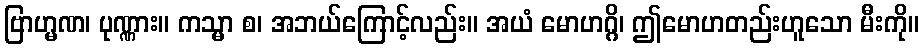
ဗြာဟ္မဏ၊ ပုဏ္ဏား။ ကသ္မာ စ၊ အဘယ်ကြောင့်လည်း။ အယံ မောဟဂ္ဂိ၊ ဤမောဟတည်းဟူသော မီးကို။